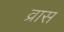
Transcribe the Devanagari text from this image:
व्रास